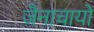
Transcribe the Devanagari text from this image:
जैनाचायों